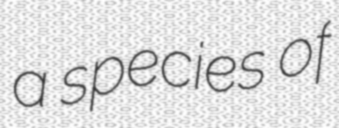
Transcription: a species of